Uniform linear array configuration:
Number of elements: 8
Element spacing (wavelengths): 0.5
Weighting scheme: hamming
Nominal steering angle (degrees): -30
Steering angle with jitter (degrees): -30.612
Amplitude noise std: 0.05
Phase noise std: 0.05

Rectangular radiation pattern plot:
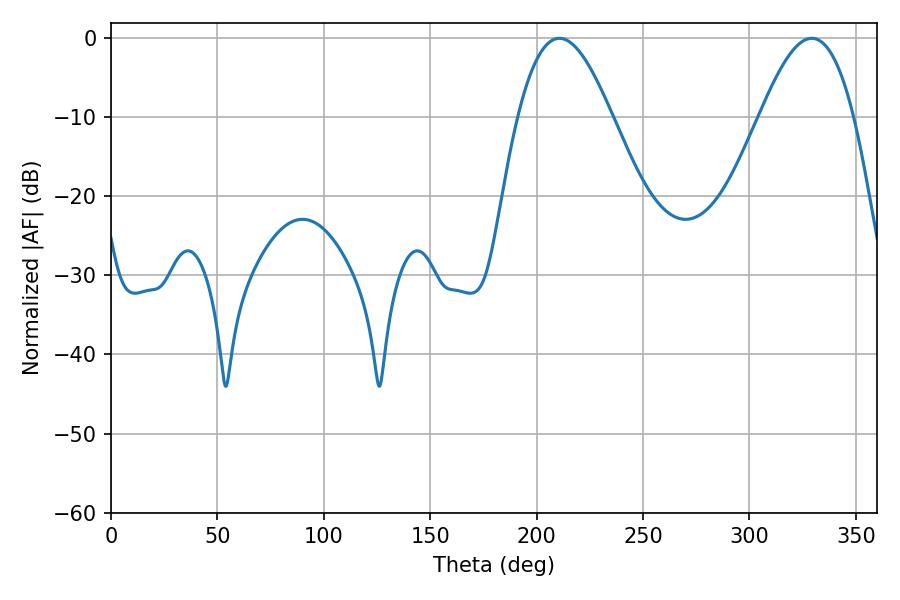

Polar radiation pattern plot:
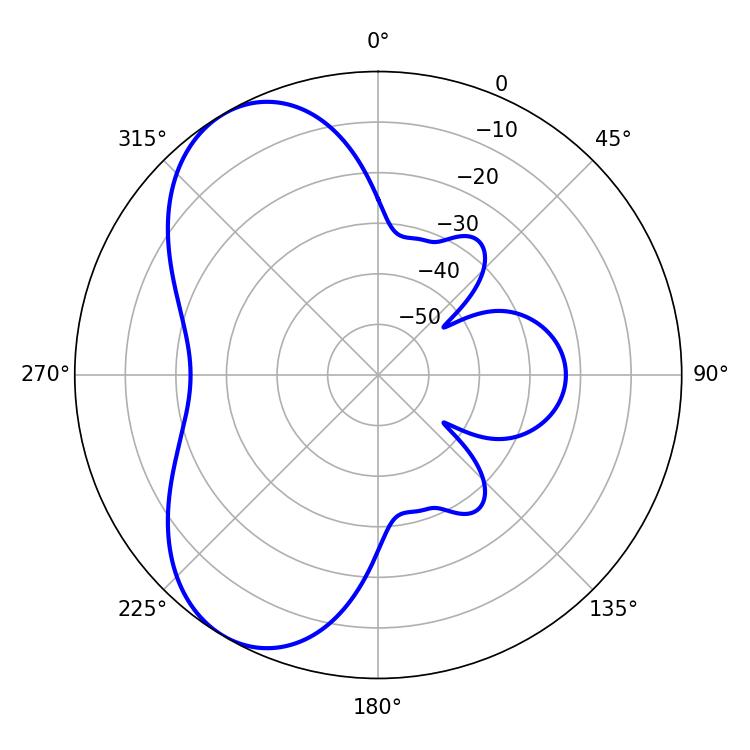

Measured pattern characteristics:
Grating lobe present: FALSE
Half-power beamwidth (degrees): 23.76
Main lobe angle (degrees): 210.78